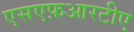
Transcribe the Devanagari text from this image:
एसएफ़आरटीए